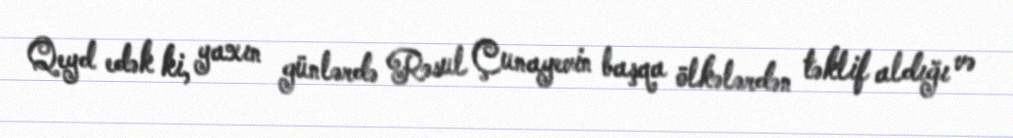
Qeyd edək ki, yaxın günlərdə Rəsul Çunayevin başqa ölkələrdən təklif aldığı və